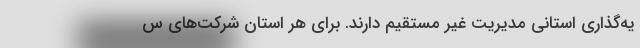
یه‌گذاری استانی مدیریت غیر مستقیم دارند. برای هر استان شرکت‌های س